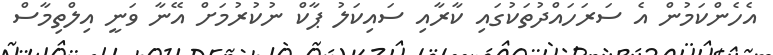
އެހެންކަމުން އެ ސަރަހައްދުތަކުގައި ކާރާއި ސައިކަލު ޕާކް ނުކުރުމަށް އޭނާ ވަނީ އިލްތިމާސް